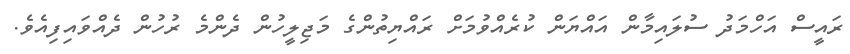
ރައީސް އަހްމަދު ސުލައިމާން އައްޔަން ކުރެއްވުމަށް ރައްޔިތުންގެ މަޖިލީހުން ދެންމެ ރުހުން ދެއްވައިފިއެވެ.